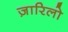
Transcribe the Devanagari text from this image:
ज़ारिलो